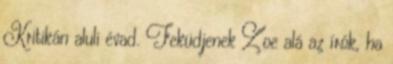
Kritikán aluli évad. Feküdjenek Zoe alá az írók, ha